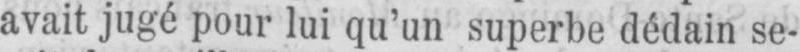
avait jugé pour lui qu’un superbe dédain se-